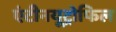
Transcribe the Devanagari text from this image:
एंटीनयूट्रोफिल